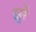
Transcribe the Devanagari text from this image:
झुर्रें